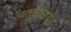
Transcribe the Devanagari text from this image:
चतुर्वर्गसंग्रह